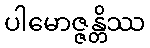
ပါမောဇ္ဇန္တိဿ